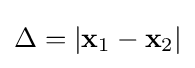
\Delta =\left|\mathbf {x} _{1}-\mathbf {x} _{2}\right|